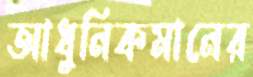
আধুনিকমানের